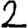
Digit: 2